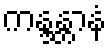
ကန္ဒန္တာနံ